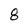
Character: 8